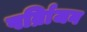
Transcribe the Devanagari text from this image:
पर्व्रािजन